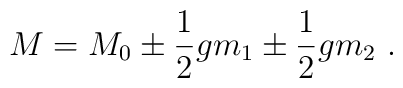
M = M_0\pm{1\over 2}gm_1 \pm {1\over 2}gm_2 \ .